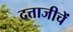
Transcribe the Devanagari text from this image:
दत्ताजीचें